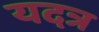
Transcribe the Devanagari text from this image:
यदत्र